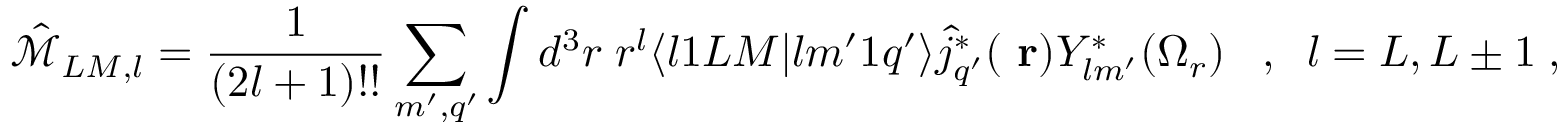
\hat { \mathcal { M } } _ { L M , l } = \frac { 1 } { ( 2 l + 1 ) ! ! } \sum _ { m ^ { \prime } , q ^ { \prime } } \int d ^ { 3 } r \; r ^ { l } \langle l 1 L M | l m ^ { \prime } 1 q ^ { \prime } \rangle \hat { j } _ { q ^ { \prime } } ^ { * } ( \mathrm { \bf ~ r } ) Y _ { l m ^ { \prime } } ^ { * } ( \Omega _ { r } ) \; \; \; , \; \; l = L , L \pm 1 \; ,